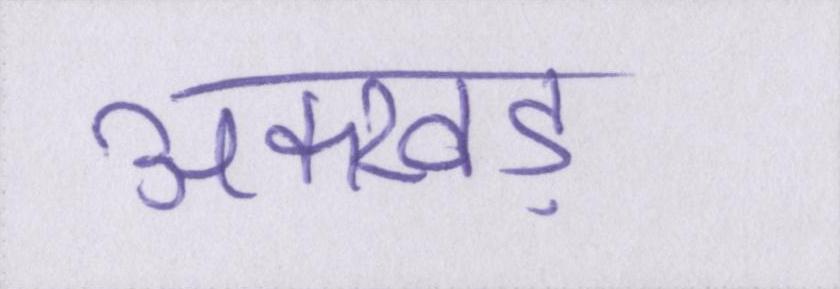
अक्खड़